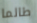
طالما